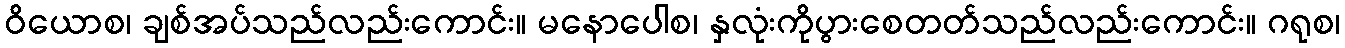
ဝိယောစ၊ ချစ်အပ်သည်လည်းကောင်း။ မနောပေါစ၊ နှလုံးကိုပွားစေတတ်သည်လည်းကောင်း။ ဂရုစ၊